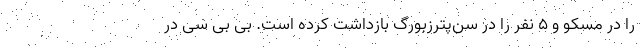
را در مسکو و 5 نفر را در سن‌پترزبورگ بازداشت کرده است. بی بی‌ سی در